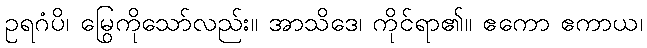
ဥရဂံပိ၊ မြွေကိုသော်လည်း။ အာသိဒေ၊ ကိုင်ရာ၏။ ဧကော ဧကာယ၊